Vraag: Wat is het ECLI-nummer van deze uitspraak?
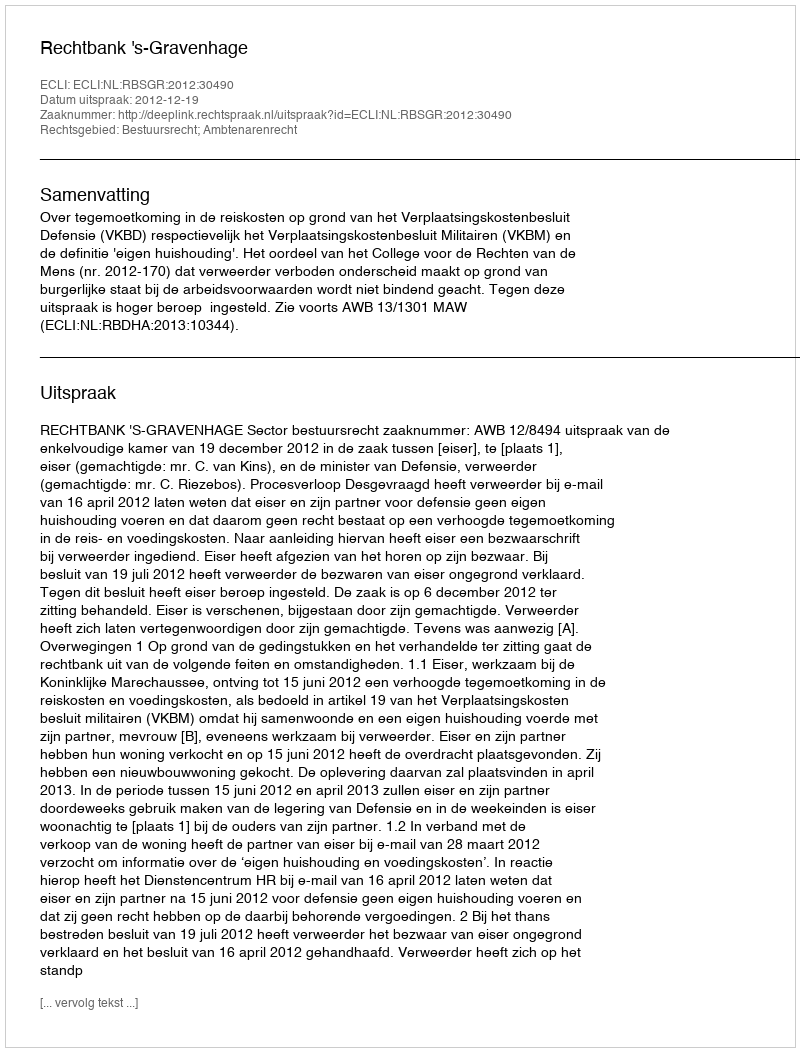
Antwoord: ECLI:NL:RBSGR:2012:30490